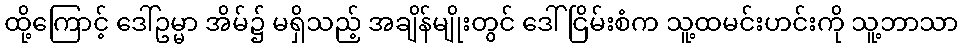
ထို့ကြောင့် ဒေါ်ဥမ္မာ အိမ်၌ မရှိသည့် အချိန်မျိုးတွင် ဒေါ်ငြိမ်းစံက သူ့ထမင်းဟင်းကို သူ့ဘာသာ